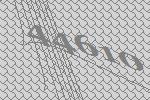
44610